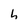
Character: h